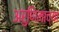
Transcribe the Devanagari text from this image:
अरुणिमाच्या